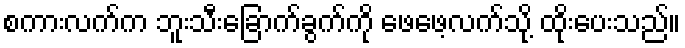
စကားလက်က ဘူးသီးခြောက်ခွက်ကို ဖေဖေ့လက်သို့ ထိုးပေးသည်။